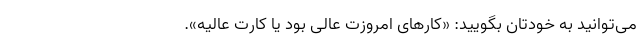
می‌توانید به خودتان بگویید: «کار‌های امروزت عالی بود یا کارت عالیه».